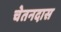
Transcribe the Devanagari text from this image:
चेतनदास